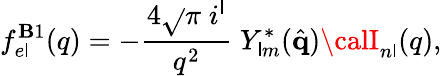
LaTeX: f_{e\mathsf{l}}^{\mathbf{B}1}(q)=-\frac{{4\sqrt{}{{\pi}}\; i^{\mathsf{l}}}}{{q^{2}}}\; Y_{\mathsf{l}m}^{*}(\hat{{\mathbf{{q}}}}){\calI}_{n\mathsf{l}}(q),